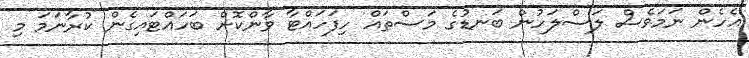
އެހެން ނަމަވެސް ލަސްލަހުން ބަނޑުގެ މަސްތައް ހިފަހައްޓާ ވާންކޮށް ބަހައްޓައިގެން ކުރާނަމަ މި